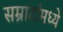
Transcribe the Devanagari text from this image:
सम्राटांमध्ये